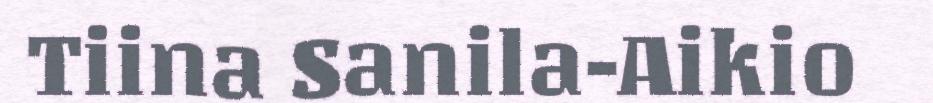
Tiina Sanila-Aikio